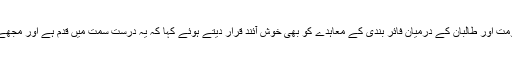
شہباز شریف نے عید الفطر کے موقع پر افغانستان میں افغان حکومت اور طالبان کے درمیان فائر بندی کے معاہدے کو بھی خوش آئند قرار دیتے ہوئے کہا کہ یہ درست سمت میں قدم ہے اور مجھے امید ہے کہ اس سے افغانستان میں مستقل امن کی راہ نکلے گی۔